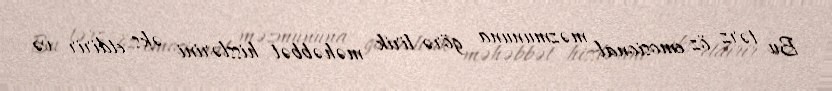
Bu tərz öz emosional məzmununa görə lirik məhəbbət hisslərini əks etdirir və